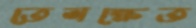
তেলক্ষেত